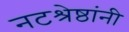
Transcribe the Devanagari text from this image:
नटश्रेष्ठांनी